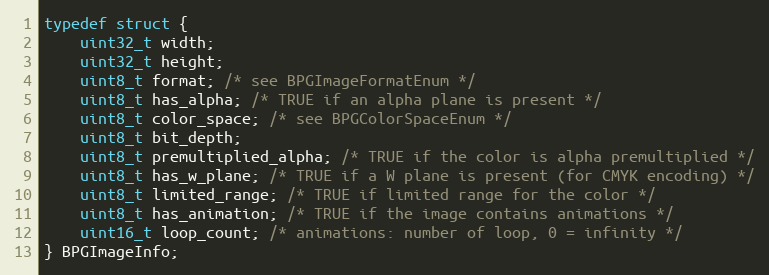
Language: C
typedef struct {
    uint32_t width;
    uint32_t height;
    uint8_t format; /* see BPGImageFormatEnum */
    uint8_t has_alpha; /* TRUE if an alpha plane is present */
    uint8_t color_space; /* see BPGColorSpaceEnum */
    uint8_t bit_depth;
    uint8_t premultiplied_alpha; /* TRUE if the color is alpha premultiplied */
    uint8_t has_w_plane; /* TRUE if a W plane is present (for CMYK encoding) */
    uint8_t limited_range; /* TRUE if limited range for the color */
    uint8_t has_animation; /* TRUE if the image contains animations */
    uint16_t loop_count; /* animations: number of loop, 0 = infinity */
} BPGImageInfo;